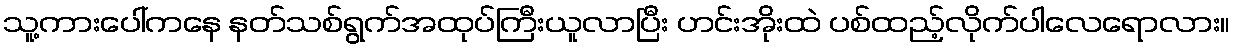
သူ့ကားပေါ်ကနေ နတ်သစ်ရွက်အထုပ်ကြီးယူလာပြီး ဟင်းအိုးထဲ ပစ်ထည့်လိုက်ပါလေရောလား။